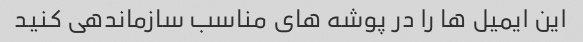
این ایمیل ها را در پوشه های مناسب سازماندهی کنید